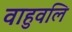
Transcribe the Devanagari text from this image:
वाहुवलि